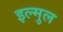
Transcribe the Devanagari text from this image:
इल्मुल